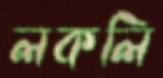
লকলি